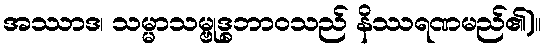
အဿာဒ၊ သမ္မာသမ္ဗုဒ္ဓဘာဝသည် နိဿရဏမည်၏)။